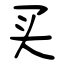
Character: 买